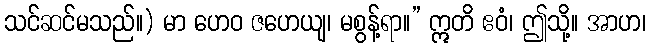
သင်ဆင်မသည်။) မာ ဟေဝ ဇဟေယျ၊ မစွန့်ရာ။” ဣတိ ဧဝံ၊ ဤသို့။ အာဟ၊